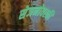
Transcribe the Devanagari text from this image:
सेजनोवस्की